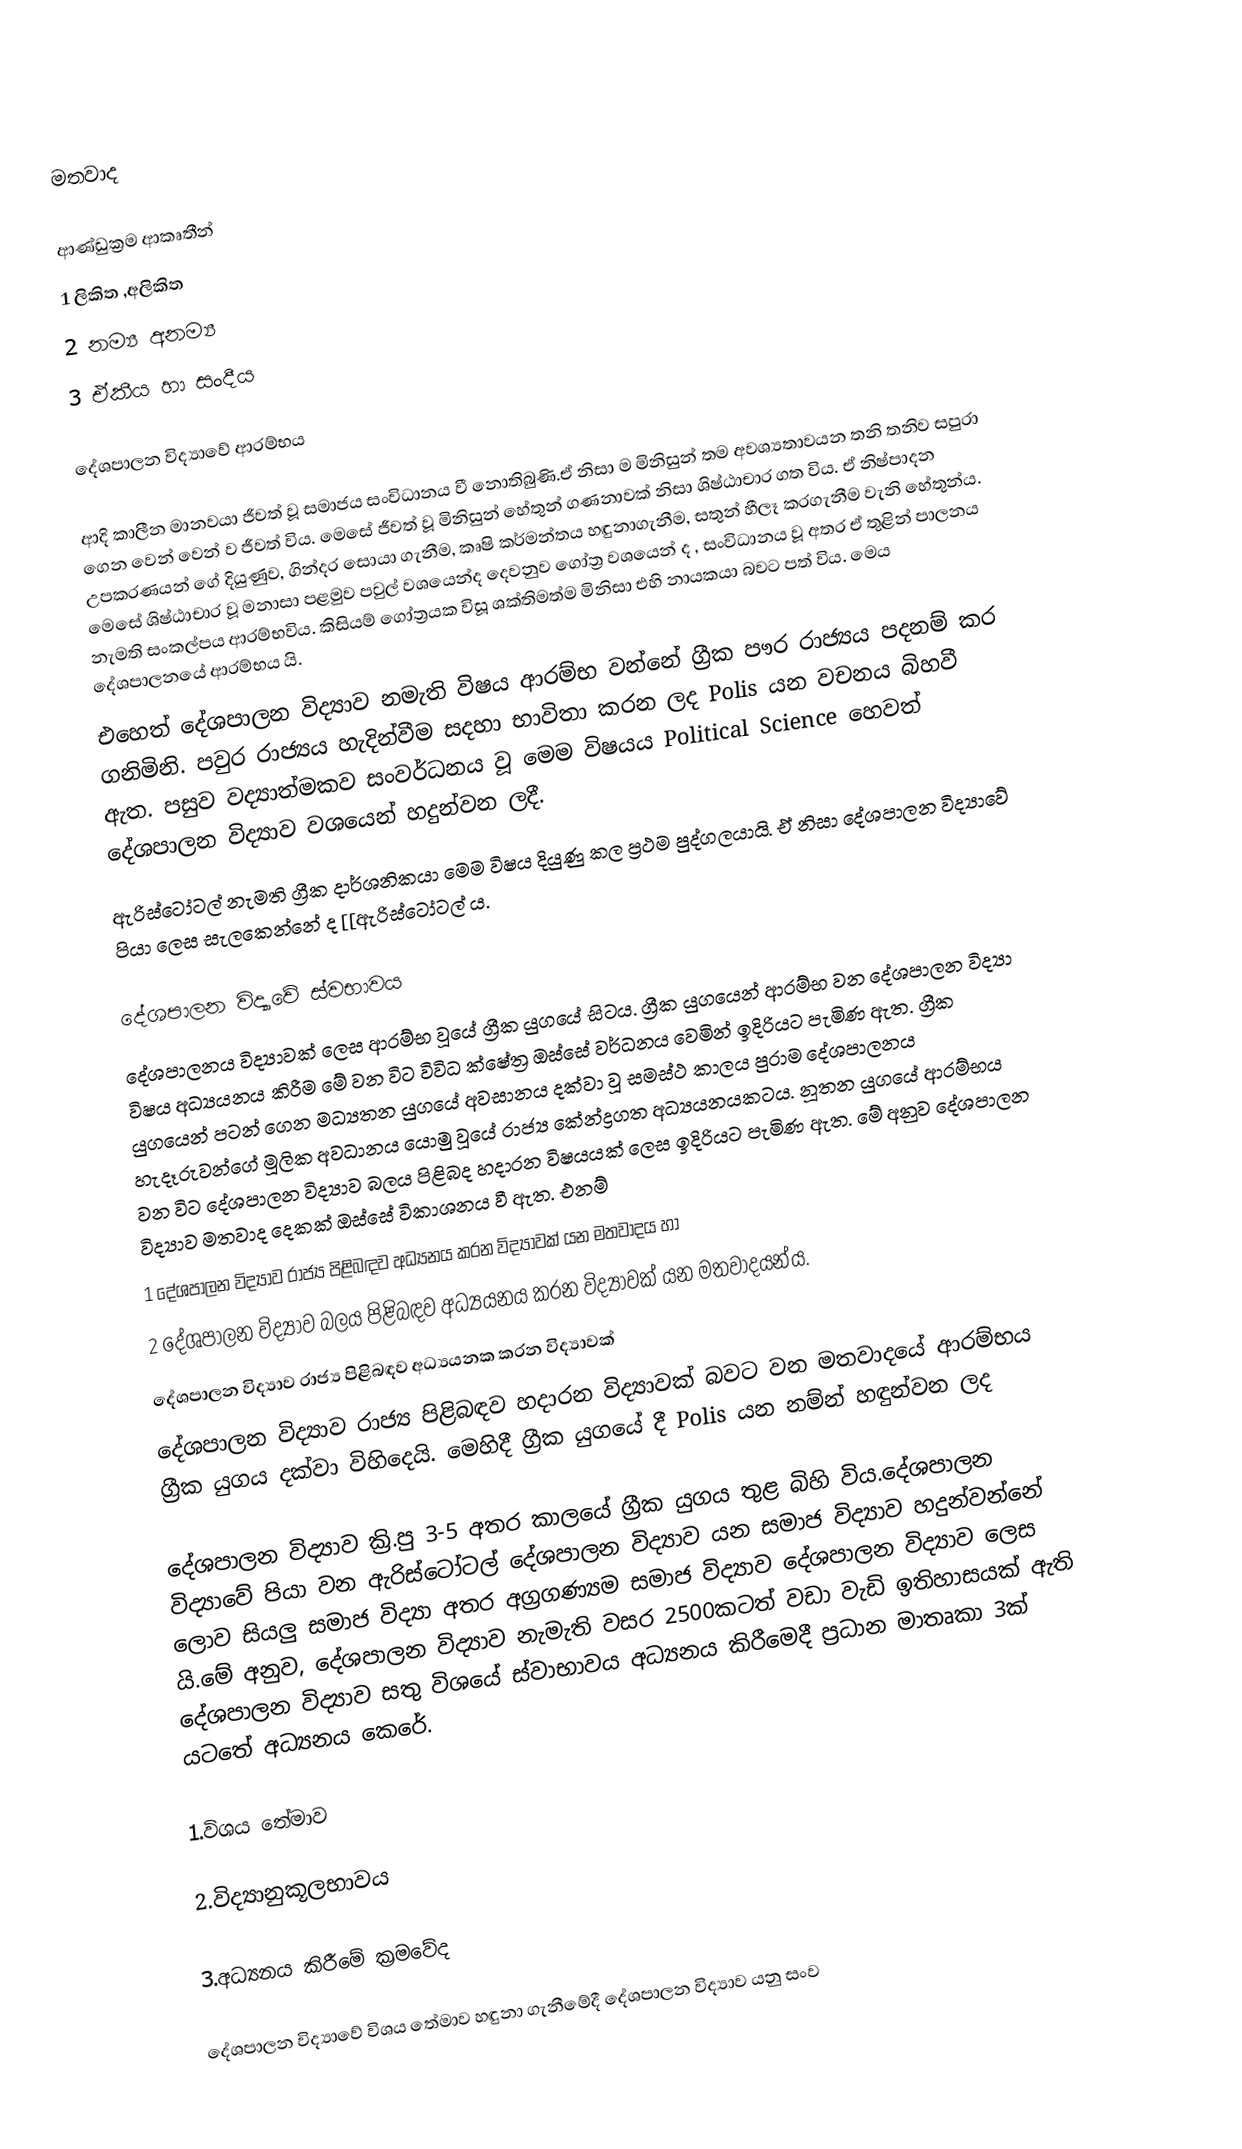
මතවාද

ආණ්ඩුක්‍රම ආකෘතීන්
       1 ලිකිත ,අලිකිත
       2 නම්‍ය අනම්‍ය
       3 ඒකීය හා සංදීය

දේශපාලන විද්‍යාවේ ආරම්භය

ආදි කාලීන මානවයා ජීවත් වූ සමාජය සංවිධානය වී නොතිබුණි.ඒ නිසා ම මිනිසුන් තම අවශ්‍යතාවයන තනි තනිව සපුරා ගෙන වෙන් වෙන් ව ජීවත් විය. මෙසේ ජීවත් වූ මිනිසුන් හේතුන් ගණනාවක් නිසා ශිෂ්ඨාචාර ගත විය. ඒ නිෂ්පාදන උපකරණයන් ගේ දියුණුව, ගින්දර සොයා ගැනීම, කෘෂි කර්මන්තය හඳුනාගැනීම, සතුන් හීලෑ කරගැනීම වැනි හේතුන්ය. මෙසේ ශිෂ්ඨාචාර වූ මනාසා පළමුව පවුල් වශයෙන්ද දෙවනුව ගෝත්‍ර වශයෙන් ද , සංවිධානය වූ අතර ඒ තුළින් පාලනය නැමති සංකල්පය ආරම්භවිය. කිසියම් ගෝත්‍රයක විසූ ශක්තිමත්ම මිනිසා එහි නායකයා බවට පත්  විය. මෙය දේශපාලනයේ ආරම්භය යි.
එහෙත් දේශපාලන විද්‍යාව නමැති විෂය ආරම්භ වන්නේ ග්‍රීක පෟර රාජ්‍යය පදනම් කර ගනිමිනි. පවුර රාජ්‍යය හැදින්වීම සදහා භාවිතා කරන ලද Polis යන වචනය බිහවී ඇත. පසුව වද්‍යාත්මකව  සංවර්ධනය වූ මෙම විෂයය Political Science හෙවත් දේශපාලන විද්‍යාව වශයෙන් හදුන්වන ලදී.
ඇරිස්ටෝටල් නැමති ග්‍රීක දාර්ශනිකයා මෙම විෂය දියුණු කල ප්‍රථම පුද්ගලයායි. ඒ නිසා දේශපාලන විද්‍යාවේ පියා ලෙස සැලකෙන්නේ ද [[ඇරිස්ටෝටල් ය.

දේශපාලන විද්‍යාවේ ස්වභාවය
	දේශපාලනය විද්‍යාවක් ලෙස ආරම්භ  වූයේ ග්‍රීක යුගයේ සිටය. ග්‍රීක යුගයෙන් ආරම්භ වන දේශපාලන විද්‍යා විෂය අධ්‍යයනය කිරීම මේ වන විට විවිධ ක්ෂේත්‍ර ඔස්සේ වර්ධනය වෙමින් ඉදිරියට පැමිණ ඇත. ග්‍රීක යුගයෙන් පටන් ගෙන මධ්‍යතන යුගයේ අවසානය දක්වා වූ සමස්ථ කාලය පුරාම දේශපාලනය හැදෑරුවන්ගේ මූලික අවධානය යොමු වූයේ රාජ්‍ය කේන්ද්‍රගත අධ්‍යයනයකටය. නූතන යුගයේ ආරම්භය වන විට දේශපාලන විද්‍යාව බලය පිළිබද හදාරන විෂයයක් ලෙස ඉදිරියට පැමිණ ඇත. මේ අනුව දේශපාලන විද්‍යාව මතවාද දෙකක් ඔස්සේ විකාශනය වී ඇත. එනම්
1 දේශපාලන විද්‍යාව රාජ්‍ය පිළිබඳව අධ්‍යනය කරන විද්‍යාවක් යන මතවාදය හා
2 දේශපාලන විද්‍යාව බලය පිළිබඳව අධ්‍යයනය කරන විද්‍යාවක් යන මතවාදයන්ය.
දේශපාලන විද්‍යාව රාජ්‍ය පිළිබඳව අධ්‍යයනක කරන විද්‍යාවක්
	දේශපාලන විද්‍යාව රාජ්‍ය පිළිබඳව හදාරන විද්‍යාවක් බවට වන මතවාදයේ ආරම්භය ග්‍රීක යුගය දක්වා විහිදෙයි. මෙහිදී ග්‍රීක යුගයේ දී Polis යන නම්න් හඳුන්වන ලද

	දේශපාලන විද්‍යාව ක්‍රි.පු 3-5 අතර කාලයේ ග්‍රීක යුගය තුළ බිහි විය.දේශපාලන විද්‍යාවේ පියා වන ඇරිස්ටෝටල් දේශපාලන විද්‍යාව යන සමාජ විද්‍යාව හදුන්වන්නේ ලොව සියලු සමාජ විද්‍යා අතර අග්‍රගණ්‍යම සමාජ විද්‍යාව දේශපාලන විද්‍යාව ලෙස යි.මේ අනුව, දේශපාලන විද්‍යාව නැමැති වසර 2500කටත් වඩා වැඩි ඉතිහාසයක් ඇති දේශපාලන විද්‍යාව සතු විශයේ ස්වාභාවය අධ්‍යනය කිරීමෙදී ප්‍රධාන මාතෘකා 3ක් යටතේ අධ්‍යනය කෙරේ.

	1.විශය තේමාව

	2.විද්‍යානුකූලභාවය

	3.අධ්‍යනය කිරීමේ ක්‍රමවේද

	දේශපාලන විද්‍යාවේ විශය තේමාව හඳුනා ගැනීමේදී දේශපාලන විද්‍යාව යනු සංව